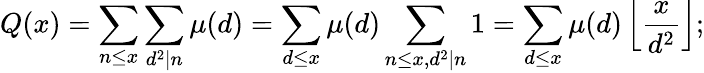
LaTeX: Q(x)=\sum_{n\leq x}\sum_{d^{2}\mid n}\mu(d)=\sum_{d\leq x}\mu(d)\sum_{n\leq x,d^{2}\mid n}1=\sum_{d\leq x}\mu(d)\left\lfloor{\frac{x}{d^{2}}}\right\rfloor;